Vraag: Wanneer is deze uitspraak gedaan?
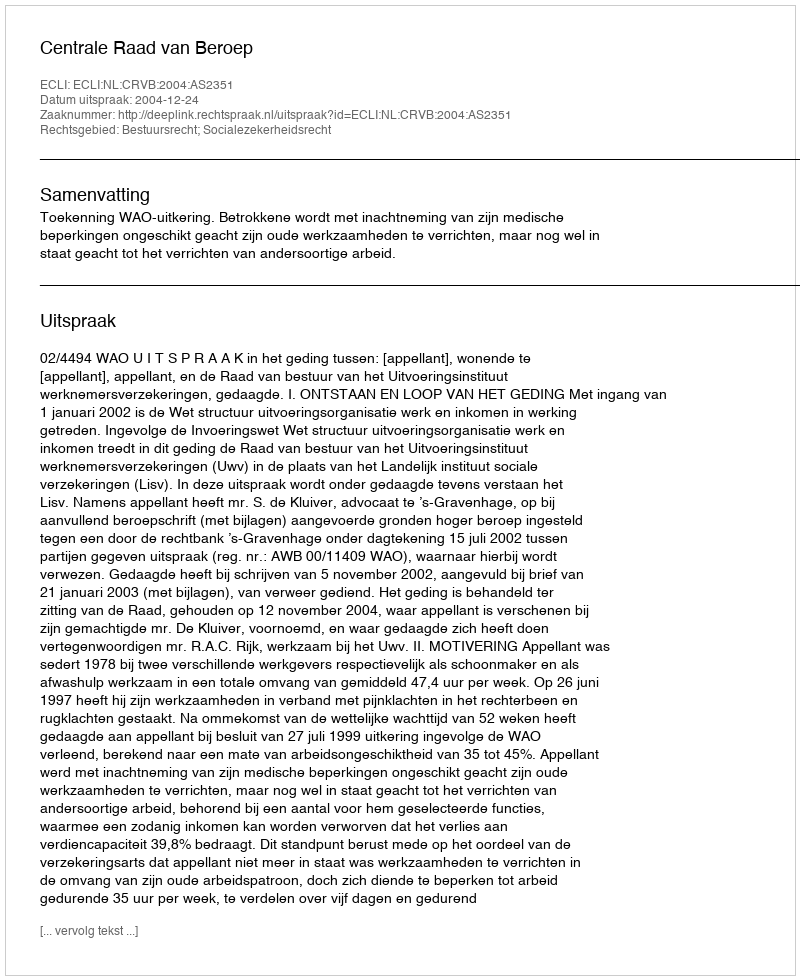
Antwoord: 2004-12-24